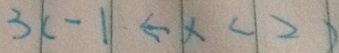
3 \vert c - 1 \vert \leftarrow \vert x < \vert 2 \vert